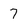
Character: 7